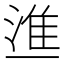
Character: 𰜚